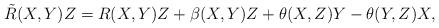
LaTeX: \begin{align*}\tilde{R}(X, Y)Z=R(X, Y)Z+\beta(X, Y)Z+\theta(X, Z)Y-\theta(Y, Z)X,\end{align*}